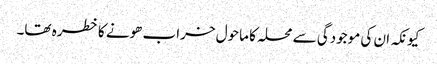
کیونکہ ان کی موجودگی سے محلہ کا ماحول خراب ھونے کا خطرہ تھا۔